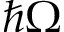
\hbar \Omega